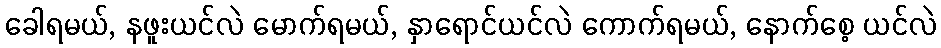
ခေါရမယ်, နဖူးယင်လဲ မောက်ရမယ်, နှာရောင်ယင်လဲ ကောက်ရမယ်, နောက်စေ့ ယင်လဲ